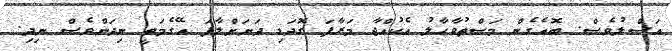
އަސްލުވެސް. ބޮއެގެން މަސްތުވާހާލު އެކުއްޖާ މަރާފަ ގޮދަޑި ދަށަށްލާފަ އޭގެމަތީ ނިދަންވެސް ނިދި.